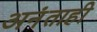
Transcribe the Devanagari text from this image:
अनंताही